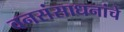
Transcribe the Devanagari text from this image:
वनसंसाधनांचे